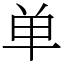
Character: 单